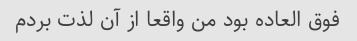
فوق العاده بود من واقعا از آن لذت بردم